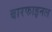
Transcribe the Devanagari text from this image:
बारफाइनल